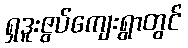
ရှဒူးဇွပ်ကျေးရွာတွင်